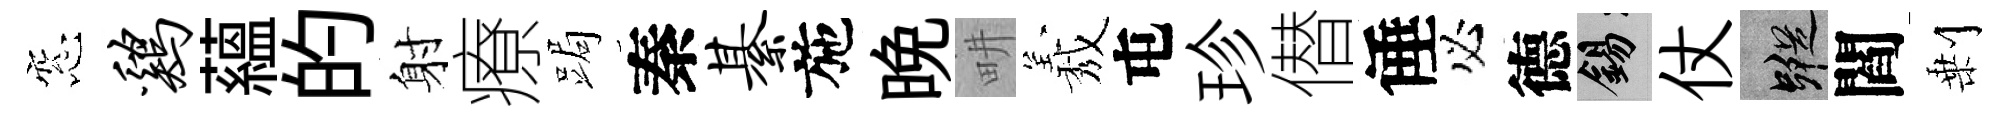
窓鸡藴的射療跼秦綦施晚畊𦏁屯珍僣倕必德錫仗蹤閻剰